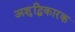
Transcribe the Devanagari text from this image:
अशुद्धिकारक